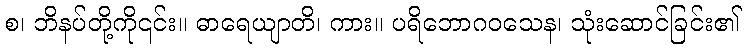
စ၊ ဘိနပ်တို့ကို၎င်း။ ဓာရေယျာတိ၊ ကား။ ပရိဘောဂဝသေန၊ သုံးဆောင်ခြင်း၏